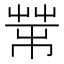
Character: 𦮅